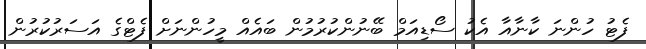
ފެޓު ހުންނަ ކާނާއާ އެކު ސޯޑިއަމް ބޭނުންކުރުމުން ބައެއް މީހުންނަށް ފެޓްގެ އަސަރުކުރުން